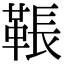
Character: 䩨